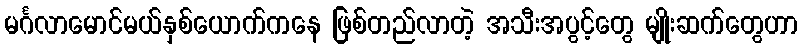
မင်္ဂလာမောင်မယ်နှစ်ယောက်ကနေ ဖြစ်တည်လာတဲ့ အသီးအပွင့်တွေ မျိုးဆက်တွေဟာ